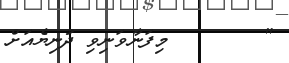
"        މިފަނާވަނިވި ދުނިޔެއަށް